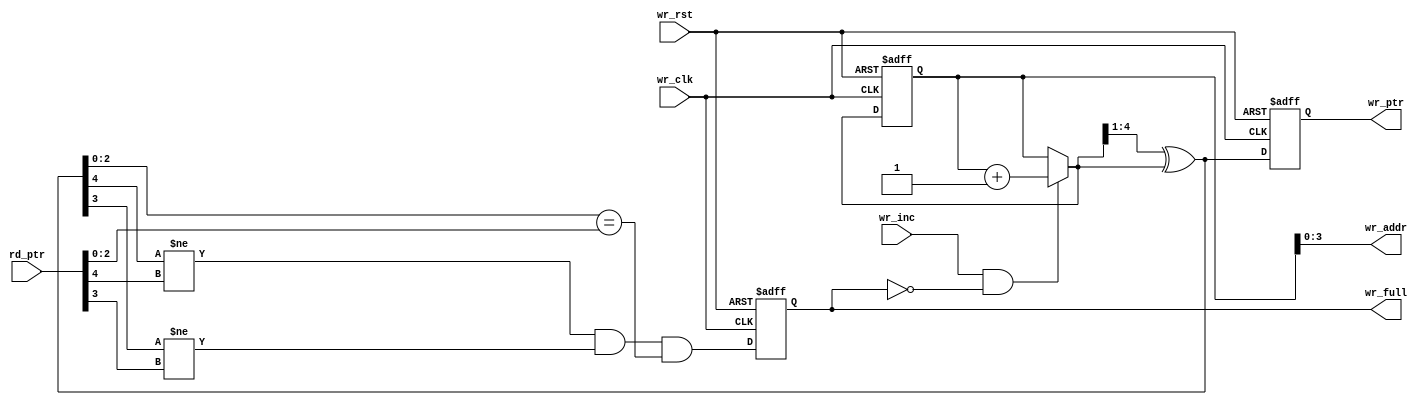
`timescale 1ns / 1ps

//////////////////////////////////////////////////////////////////////////////////
// Diploma: By Eng. Ali Mohamed Eltemsah
// Design Name: DigIC_Dip08_09_CDC
// Module Name: FIFO_WR
// Project Name: Asynchronous FIFO
//////////////////////////////////////////////////////////////////////////////////


module FIFO_WR #(parameter ADD_WIDTH = 4)(
    input   wire                            wr_clk,
    input   wire                            wr_rst,
    input   wire                            wr_inc,
    input   wire    [ADD_WIDTH     : 0]     rd_ptr,
    output  wire    [ADD_WIDTH     : 0]     wr_ptr,
    output  wire    [ADD_WIDTH - 1 : 0]     wr_addr,
    output  wire                            wr_full
    );

reg     [ADD_WIDTH : 0]     wr_bin_ptr_reg, wr_bin_ptr_next;
reg     [ADD_WIDTH : 0]     wr_grey_ptr_reg, wr_grey_ptr_next;
reg                         wr_full_reg, wr_full_next;

// generation of write address
always @(posedge wr_clk, negedge wr_rst)
    begin
        if (!wr_rst)
            begin
                wr_bin_ptr_reg <= 0;
            end
        else
            begin
                wr_bin_ptr_reg <= wr_bin_ptr_next;
            end
    end

always @(*)
    begin
        if (wr_inc && !wr_full)
            begin
                wr_bin_ptr_next <= wr_bin_ptr_reg + 1;
            end
        else
            begin
                wr_bin_ptr_next <= wr_bin_ptr_reg;
            end
    end
    
assign  wr_addr = wr_bin_ptr_reg[ADD_WIDTH - 1 : 0];

// generation of write gray pointer
always @(posedge wr_clk, negedge wr_rst)
    begin
        if (!wr_rst)
            begin
                wr_grey_ptr_reg <= 0;
            end
        else
            begin
                wr_grey_ptr_reg <= wr_grey_ptr_next;
            end
    end

always @(*)
    begin
        wr_grey_ptr_next = (wr_bin_ptr_next >> 1) ^ wr_bin_ptr_next;    // binary to gray conversion
    end
 
assign  wr_ptr = wr_grey_ptr_reg;

// generation of full flag
always @(posedge wr_clk, negedge wr_rst)
    begin
        if (!wr_rst)
            begin
                wr_full_reg <= 1'b0;
            end
        else
            begin
                wr_full_reg <= wr_full_next;
            end
    end

always @(*)
    begin
        wr_full_next = (wr_grey_ptr_next[ADD_WIDTH]         != rd_ptr[ADD_WIDTH]        ) && 
                       (wr_grey_ptr_next[ADD_WIDTH - 1]     != rd_ptr[ADD_WIDTH - 1]    ) && 
                       (wr_grey_ptr_next[ADD_WIDTH - 2 : 0] == rd_ptr[ADD_WIDTH - 2 : 0]);
    end

assign  wr_full = wr_full_reg;
endmodule